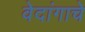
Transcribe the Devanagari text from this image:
वेदांगाचे